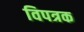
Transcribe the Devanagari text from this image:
विपत्रक